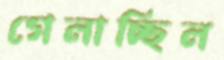
গেলাচ্ছিল